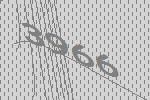
3966